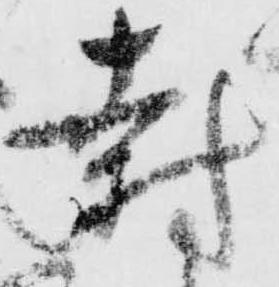
封